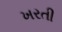
ખરતી